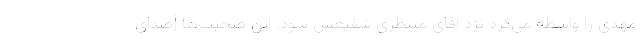
مهدی را واسطه می‌کرد نزد آقای منتظری شفیعش شود. این صحبت‌ها [صدای